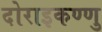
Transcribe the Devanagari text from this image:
दोराइकण्णु